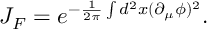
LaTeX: J _ { F } = e ^ { - \frac { 1 } { 2 \pi } \int d ^ { 2 } x ( \partial _ { \mu } \phi ) ^ { 2 } } .